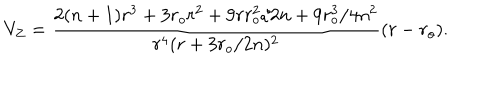
V _ { Z } = { \frac { 2 ( n + 1 ) r ^ { 3 } + 3 r _ { o } r ^ { 2 } + 9 r r _ { o } ^ { 2 } / 2 n + 9 r _ { o } ^ { 3 } / 4 n ^ { 2 } } { r ^ { 4 } ( r + 3 r _ { o } / 2 n ) ^ { 2 } } } ( r - r _ { o } ) .